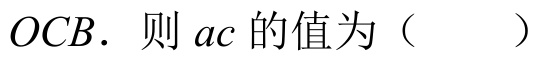
\(OCB\). 则 \(ac\) 的值为（  ）